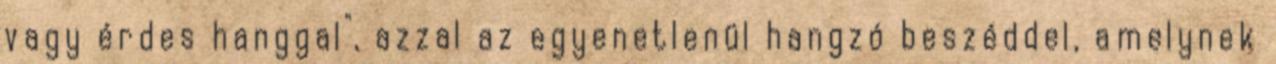
vagy érdes hanggal", azzal az egyenetlenül hangzó beszéddel, amelynek